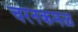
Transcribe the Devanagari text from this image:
चरनकमळ